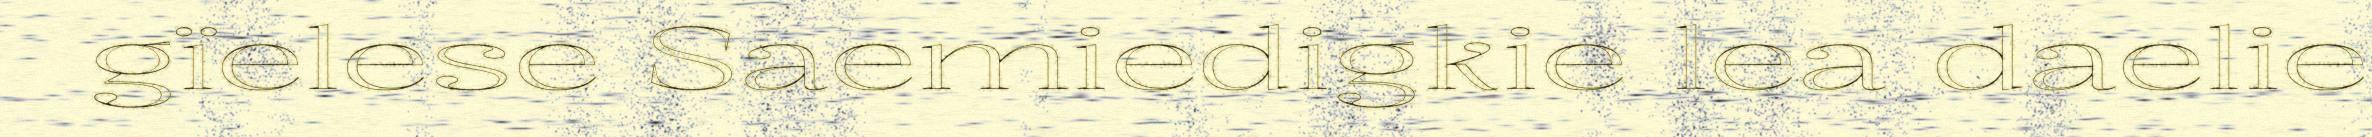
gïelese Saemiedigkie lea daelie